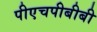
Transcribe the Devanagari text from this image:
पीएचपीबीबी